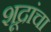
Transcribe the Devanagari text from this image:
शूद्रांचा